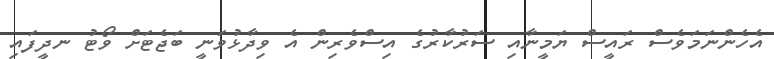
އެހެންނަމަވެސް ރައީސް ޔަމީނާއި ސަރުކާރުގެ އިސްވެރިން އެ ވިދާޅުވަނީ ބަޖެޓަށް ވޯޓު ނދީފައި